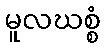
မူလဃစ္စံ